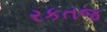
રકતજ